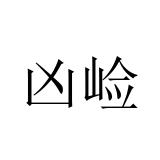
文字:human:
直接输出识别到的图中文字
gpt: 凶崄